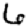
Digit: 6